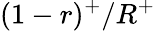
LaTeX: (1-r)^{+}/R^{+}